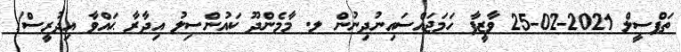
ތަފްސީލް 2021-02-25 ވާޒީފާ ހަމަޖައްސައިނުދިނުން ލ. މާމެންދޫ ކައުންސިލު އިދާރާ ޙައްވާ އިދުރީސް/